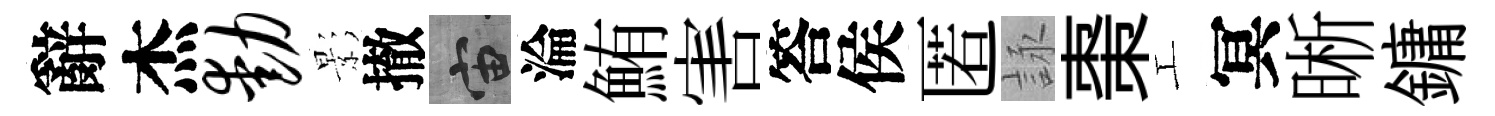
辭杰动影撤宙淪鮪害答侯匿詠棗工冥晰鏞